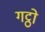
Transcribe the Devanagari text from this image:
गट्ठो